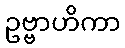
ဥဗ္ဗာဟိကာ